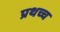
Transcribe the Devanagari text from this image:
प्रथच्च